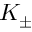
K _ { \pm }